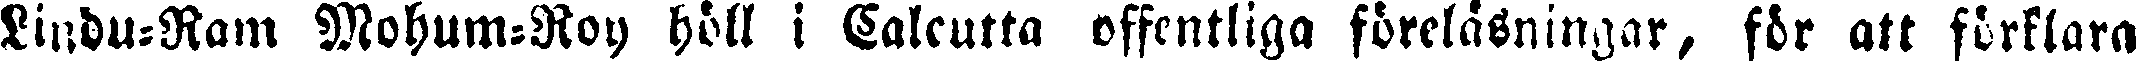
Lindu-Ram Mohum-Roy höll i Calcutta offentliga föreläsningar, för att förklara